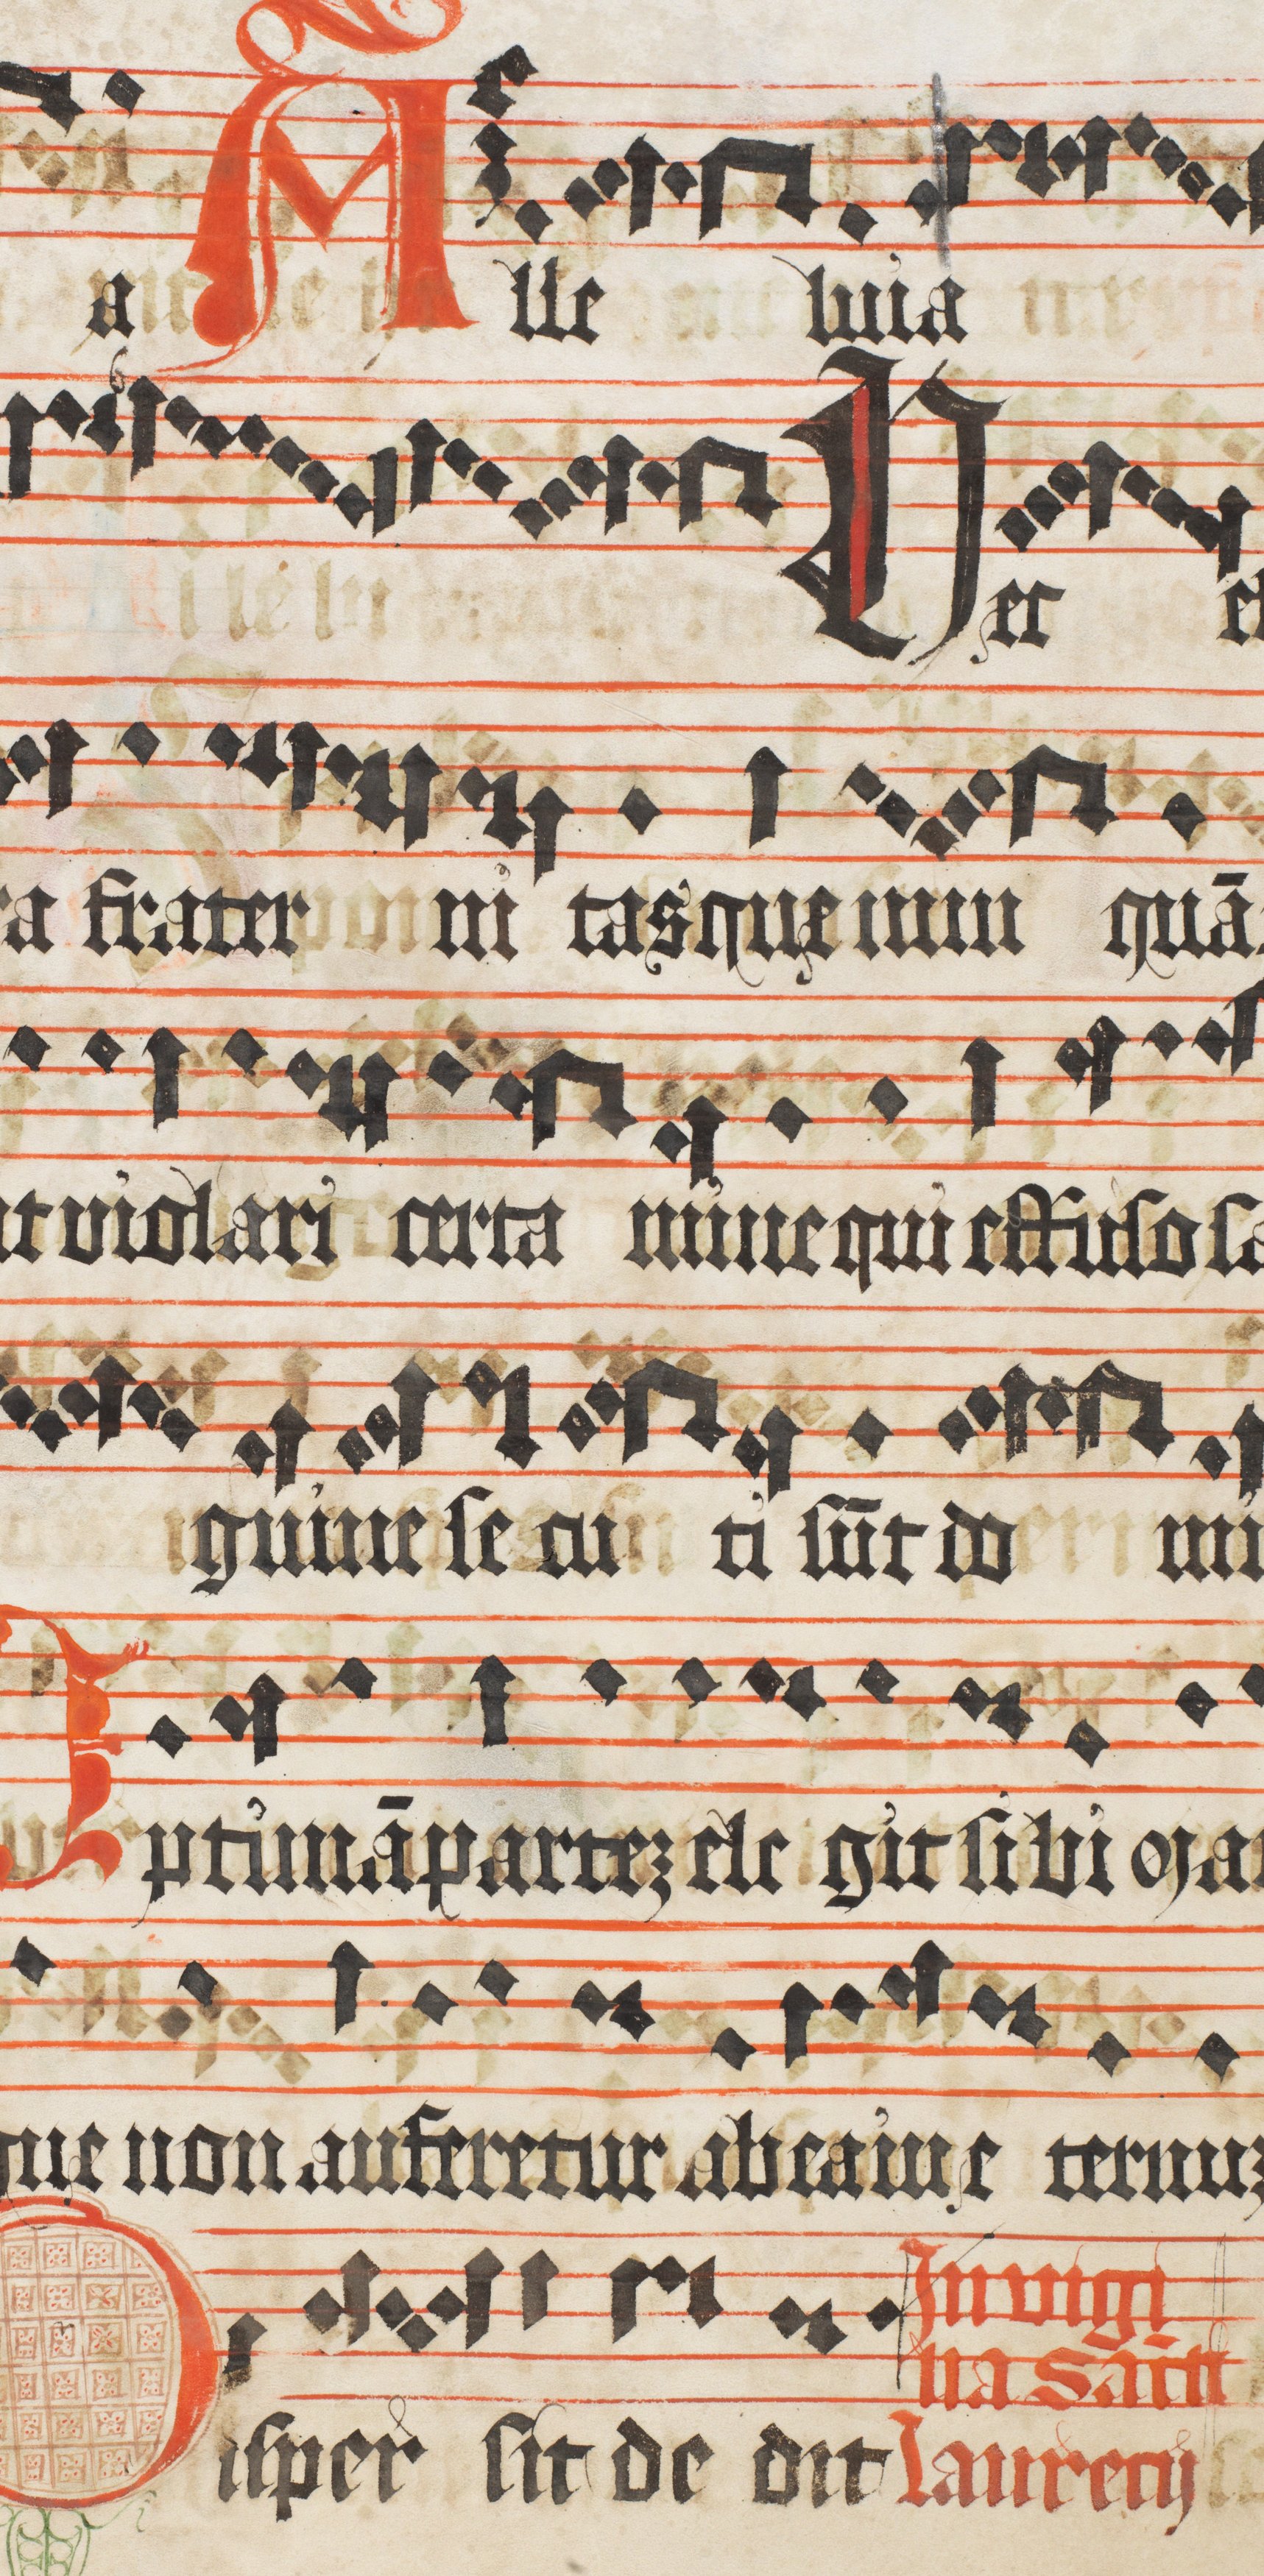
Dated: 1473–1473